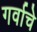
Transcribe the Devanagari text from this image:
गर्वाचे